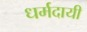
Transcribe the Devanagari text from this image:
धर्मदायी